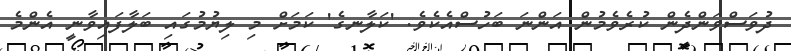
ދުވަސްވަންދެން ކުރެވެމުން އަންނަ ބަހުސްއެކެވެ. 'ކަލާނގެ' ކަމަށް މި ލިޔުމުގައި ބަލާފައިވާނީ އެންމެ